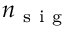
n _ { \mathrm { ~ s ~ i ~ g ~ } }